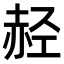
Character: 𫎭